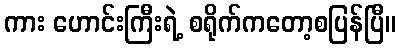
ကား ဟောင်းကြီးရဲ့ စရိုက်ကတော့စပြန်ပြီ။